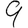
Digit: 9